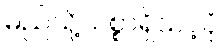
မည်သို့သစ္စာရှိသင့်ပုံ